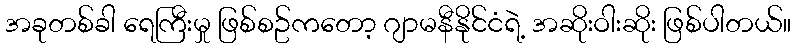
အခုတစ်ခါ ရေကြီးမှု ဖြစ်စဥ်ကတော့ ဂျာမနီနိုင်ငံရဲ့ အဆိုးဝါးဆိုး ဖြစ်ပါတယ်။